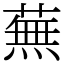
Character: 蕪